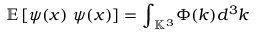
\mathbb { E } \left[ { \psi } ( { x } ) ~ { \psi } ( { x } ) \right] = { \int } _ { \mathbb { K } ^ { 3 } } { \Phi } ( k ) d ^ { 3 } k